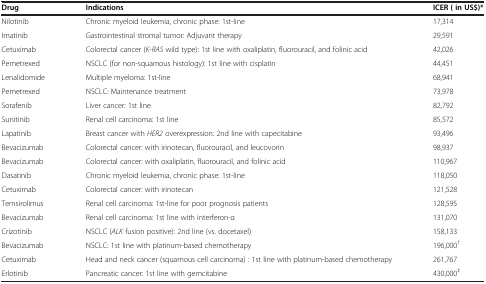
<table><thead><tr><td><b>Drug</b></td><td><b>Indications</b></td><td><b>ICER ( in US$)*</b></td></tr></thead><tbody><tr><td>Nilotinib</td><td>Chronic myeloid leukemia, chronic phase: 1st-line</td><td>17,314</td></tr><tr><td>Imatinib</td><td>Gastrointestinal stromal tumor: Adjuvant therapy</td><td>29,591</td></tr><tr><td>Cetuximab</td><td>Colorectal cancer (<i>K-RAS</i> wild type): 1st line with oxaliplatin, fluorouracil, and folinic acid</td><td>42,026</td></tr><tr><td>Pemetrexed</td><td>NSCLC (for non-squamous histology): 1st line with cisplatin</td><td>44,451</td></tr><tr><td>Lenalidomide</td><td>Multiple myeloma: 1st-line</td><td>68,941</td></tr><tr><td>Pemetrexed</td><td>NSCLC: Maintenance treatment</td><td>73,978</td></tr><tr><td>Sorafenib</td><td>Liver cancer: 1st line</td><td>82,792</td></tr><tr><td>Sunitinib</td><td>Renal cell carcinoma: 1st line</td><td>85,572</td></tr><tr><td>Lapatinib</td><td>Breast cancer with <i>HER2</i> overexpression: 2nd line with capecitabine</td><td>93,496</td></tr><tr><td>Bevacizumab</td><td>Colorectal cancer: with irinotecan, fluorouracil, and leucovorin</td><td>98,937</td></tr><tr><td>Bevacizumab</td><td>Colorectal cancer: with oxaliplatin, fluorouracil, and folinic acid</td><td>110,967</td></tr><tr><td>Dasatinib</td><td>Chronic myeloid leukemia, chronic phase: 1st-line</td><td>118,050</td></tr><tr><td>Cetuximab</td><td>Colorectal cancer: with irinotecan</td><td>121,528</td></tr><tr><td>Temsirolimus</td><td>Renal cell carcinoma: 1st-line for poor prognosis patients</td><td>128,595</td></tr><tr><td>Bevacizumab</td><td>Renal cell carcinoma: 1st line with interferon-α</td><td>131,070</td></tr><tr><td>Crizotinib</td><td>NSCLC (<i>ALK</i> fusion positive): 2nd line (vs. docetaxel)</td><td>158,133</td></tr><tr><td>Bevacizumab</td><td>NSCLC: 1st line with platinum-based chemotherapy</td><td>196,000<sup>†</sup></td></tr><tr><td>Cetuximab</td><td>Head and neck cancer (squamous cell carcinoma) : 1st line with platinum-based chemotherapy</td><td>261,767</td></tr><tr><td>Erlotinib</td><td>Pancreatic cancer: 1st line with gemcitabine</td><td>430,000<sup>‡</sup></td></tr></tbody></table>